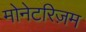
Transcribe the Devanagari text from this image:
मोनेटरिज़म